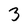
Character: 3